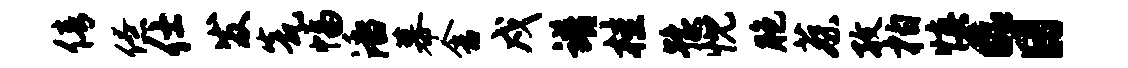
倩僚仕发瓮幅潘幕舍戍谱桂豫忱胞蔡孜柏慎a日